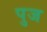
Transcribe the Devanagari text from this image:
पुज